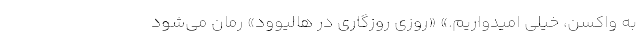
به واکسن، خیلی امیدواریم.» «روزی روزگاری در هالیوود» رمان می‌شود